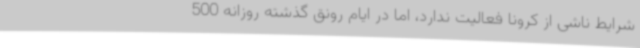
شرایط ناشی از کرونا فعالیت ندارد، اما در ایام رونق گذشته روزانه 500